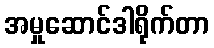
အမှုဆောင်ဒါရိုက်တာ